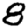
Digit: 8